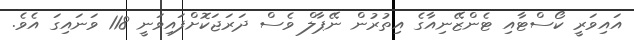
އައިވަރީ ކޯސްޓާއި ޓެންޒޭނިއާގެ އިތުރުން ނޭޕާލް ވެސް ދަރަޖަކޮށްފައިވަނީ 118 ވަނައިގަ އެވެ.